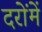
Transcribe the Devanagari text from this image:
दरोंमें